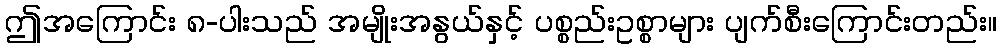
ဤအကြောင်း ၈-ပါးသည် အမျိုးအနွယ်နှင့် ပစ္စည်းဥစ္စာများ ပျက်စီးကြောင်းတည်း။